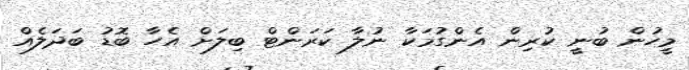
މީހުން ބުނީ ކުރިން އެންގުމަކާ ނުލާ ކަރަންޓް ބިލަށް އެހާ ބޮޑު ބަދަލެއް